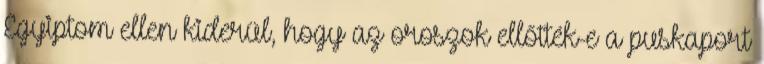
Egyiptom ellen kiderül, hogy az oroszok ellőtték-e a puskaport